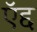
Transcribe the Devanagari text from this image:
ऍद्द